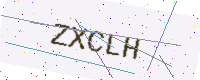
Text: ZXCLH